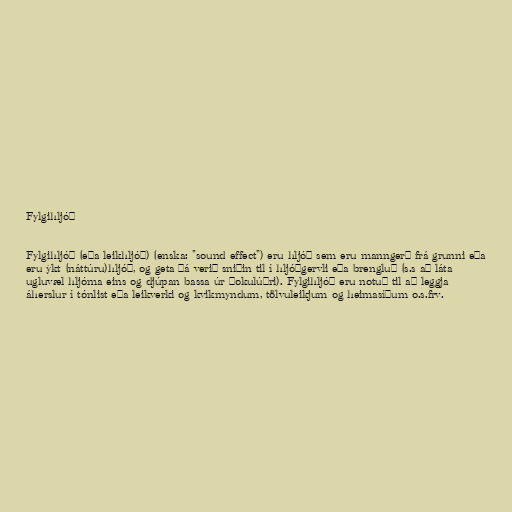
Fylgihljóð

Fylgihljóð (eða leikhljóð) (enska: "sound effect") eru hljóð sem eru manngerð frá grunni eða
eru ýkt (náttúru)hljóð, og geta þá verið sniðin til í hljóðgervli eða brengluð (s.s að láta
ugluvæl hljóma eins og djúpan bassa úr þokulúðri). Fylgihljóð eru notuð til að leggja
áherslur í tónlist eða leikverki og kvikmyndum, tölvuleikjum og heimasíðum o.s.frv.